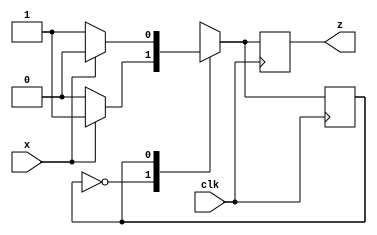
module parity_gen (x, clk, z);
input x, clk;
output reg z;
reg even_odd;
// The machine state
parameter EVEN=0, ODD=1;
always @(posedge clk)
case (even_odd)	
EVEN: begin
z <= x ? 1 : 0;	
even_odd <= x ? ODD : EVEN;
end
ODD: begin
z <= x ? 0 : 1;
even_odd <= x ? EVEN : ODD;
end
default: even_odd <= EVEN;
endcase
endmodule